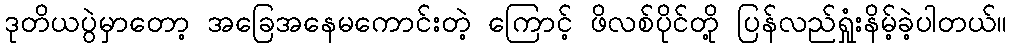
ဒုတိယပွဲမှာတော့ အခြေအနေမကောင်းတဲ့ ကြောင့် ဖိလစ်ပိုင်တို့ ပြန်လည်ရှုံးနိမ့်ခဲ့ပါတယ်။